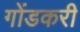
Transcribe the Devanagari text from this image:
गोंडकरी